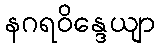
နဂရဝိန္ဒေယျာ